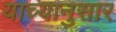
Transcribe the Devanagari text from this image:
याच्यानुसार